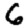
Digit: 6